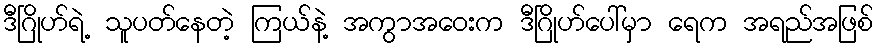
ဒီဂြိုဟ်ရဲ့ သူပတ်နေတဲ့ ကြယ်နဲ့ အကွာအဝေးက ဒီဂြိုဟ်ပေါ်မှာ ရေက အရည်အဖြစ်